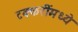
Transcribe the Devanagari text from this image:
टक्करींमध्ये